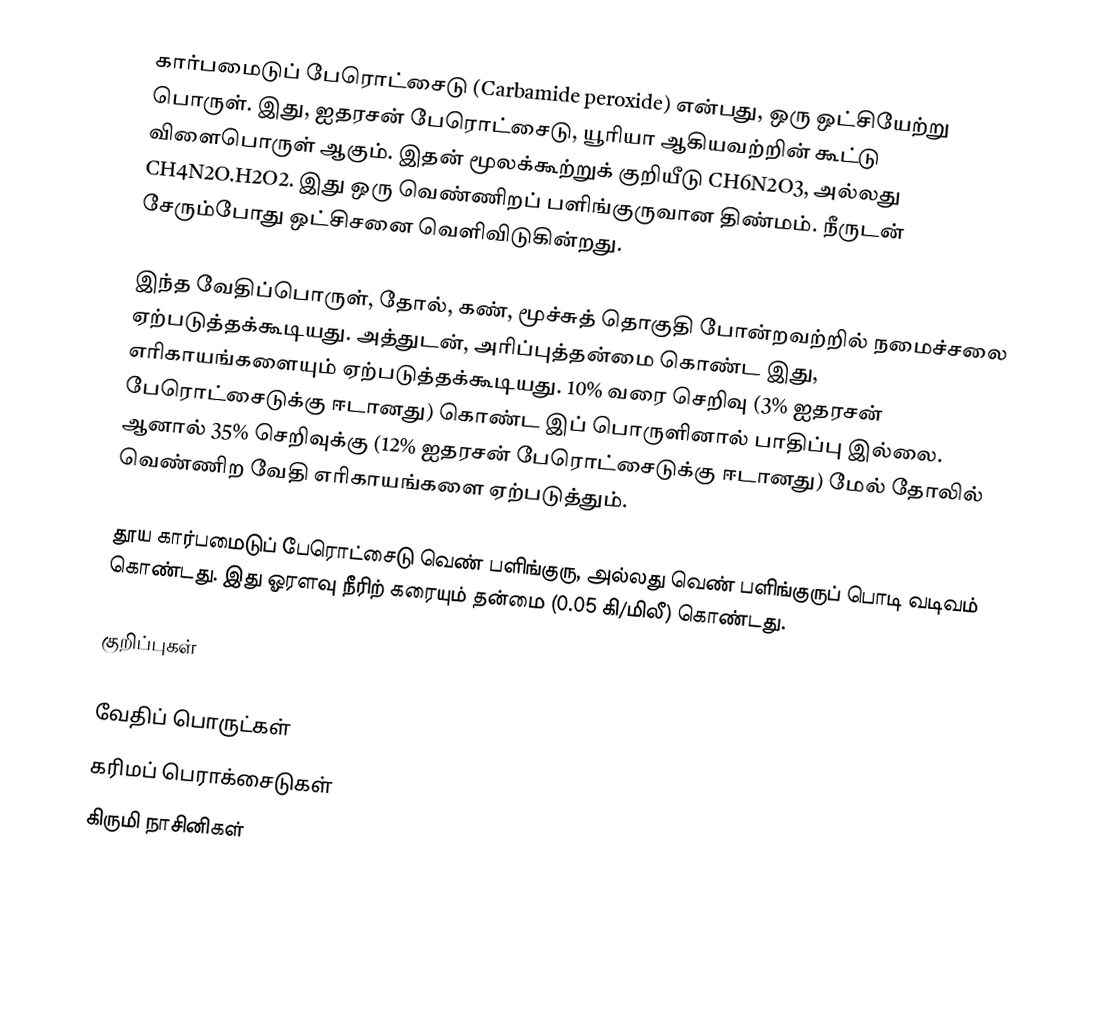
கார்பமைடுப் பேரொட்சைடு (Carbamide peroxide) என்பது, ஒரு ஒட்சியேற்று பொருள். இது, ஐதரசன் பேரொட்சைடு, யூரியா ஆகியவற்றின் கூட்டு விளைபொருள் ஆகும். இதன் மூலக்கூற்றுக் குறியீடு CH6N2O3, அல்லது CH4N2O.H2O2. இது ஒரு வெண்ணிறப் பளிங்குருவான திண்மம். நீருடன் சேரும்போது ஒட்சிசனை வெளிவிடுகின்றது.

இந்த வேதிப்பொருள், தோல், கண், மூச்சுத் தொகுதி போன்றவற்றில் நமைச்சலை ஏற்படுத்தக்கூடியது. அத்துடன், அரிப்புத்தன்மை கொண்ட இது, எரிகாயங்களையும் ஏற்படுத்தக்கூடியது. 10% வரை செறிவு (3% ஐதரசன் பேரொட்சைடுக்கு ஈடானது) கொண்ட இப் பொருளினால் பாதிப்பு இல்லை. ஆனால் 35% செறிவுக்கு (12% ஐதரசன் பேரொட்சைடுக்கு ஈடானது) மேல் தோலில் வெண்ணிற வேதி எரிகாயங்களை ஏற்படுத்தும்.

தூய கார்பமைடுப் பேரொட்சைடு வெண் பளிங்குரு, அல்லது வெண் பளிங்குருப் பொடி வடிவம் கொண்டது. இது ஓரளவு நீரிற் கரையும் தன்மை (0.05 கி/மிலீ) கொண்டது.

குறிப்புகள்

வேதிப் பொருட்கள்
கரிமப் பெராக்சைடுகள்
கிருமி நாசினிகள்